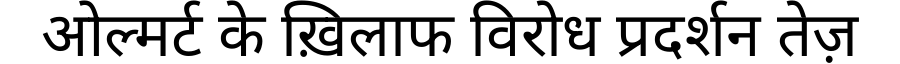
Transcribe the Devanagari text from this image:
ओल्मर्ट के ख़िलाफ विरोध प्रदर्शन तेज़